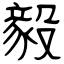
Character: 毅